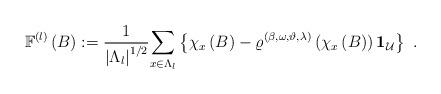
LaTeX: \begin{align*}\mathbb{F}^{(l)}\left( B\right) :=\frac{1}{\left\vert \Lambda_{l}\right\vert ^{1/2}}\underset{x\in \Lambda _{l}}{\sum }\left\{ \chi_{x}\left( B\right) -\varrho ^{(\beta ,\omega ,\vartheta ,\lambda )}\left(\chi _{x}\left( B\right) \right) \mathbf{1}_{\mathcal{U}}\right\} \ .\end{align*}